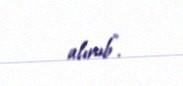
alınıb”.